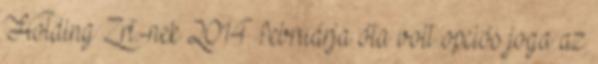
Holding Zrt.-nek 2014 februárja óta volt opciós joga az